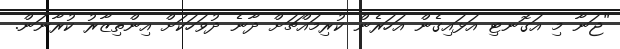
"ޖަނާ މި އަގޮނޓި އަޅައިގެން އަހަރެން ކުރިމައްޗަށް ދާނެ ދުވަހަކަށް އިންތިޒާރު ކުރާނަން.